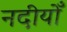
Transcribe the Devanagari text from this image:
नदीयोँ